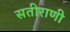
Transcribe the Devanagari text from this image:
सतीराणी